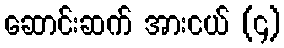
ဆောင်းဆက် အားငယ် (၄)